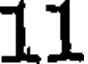
11